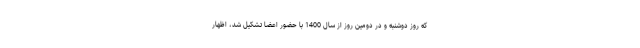
که روز دوشنبه و در دومین روز از سال 1400 با حضور اعضا تشکیل شد، اظهار